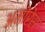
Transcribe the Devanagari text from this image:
अमोरेस